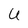
Character: U